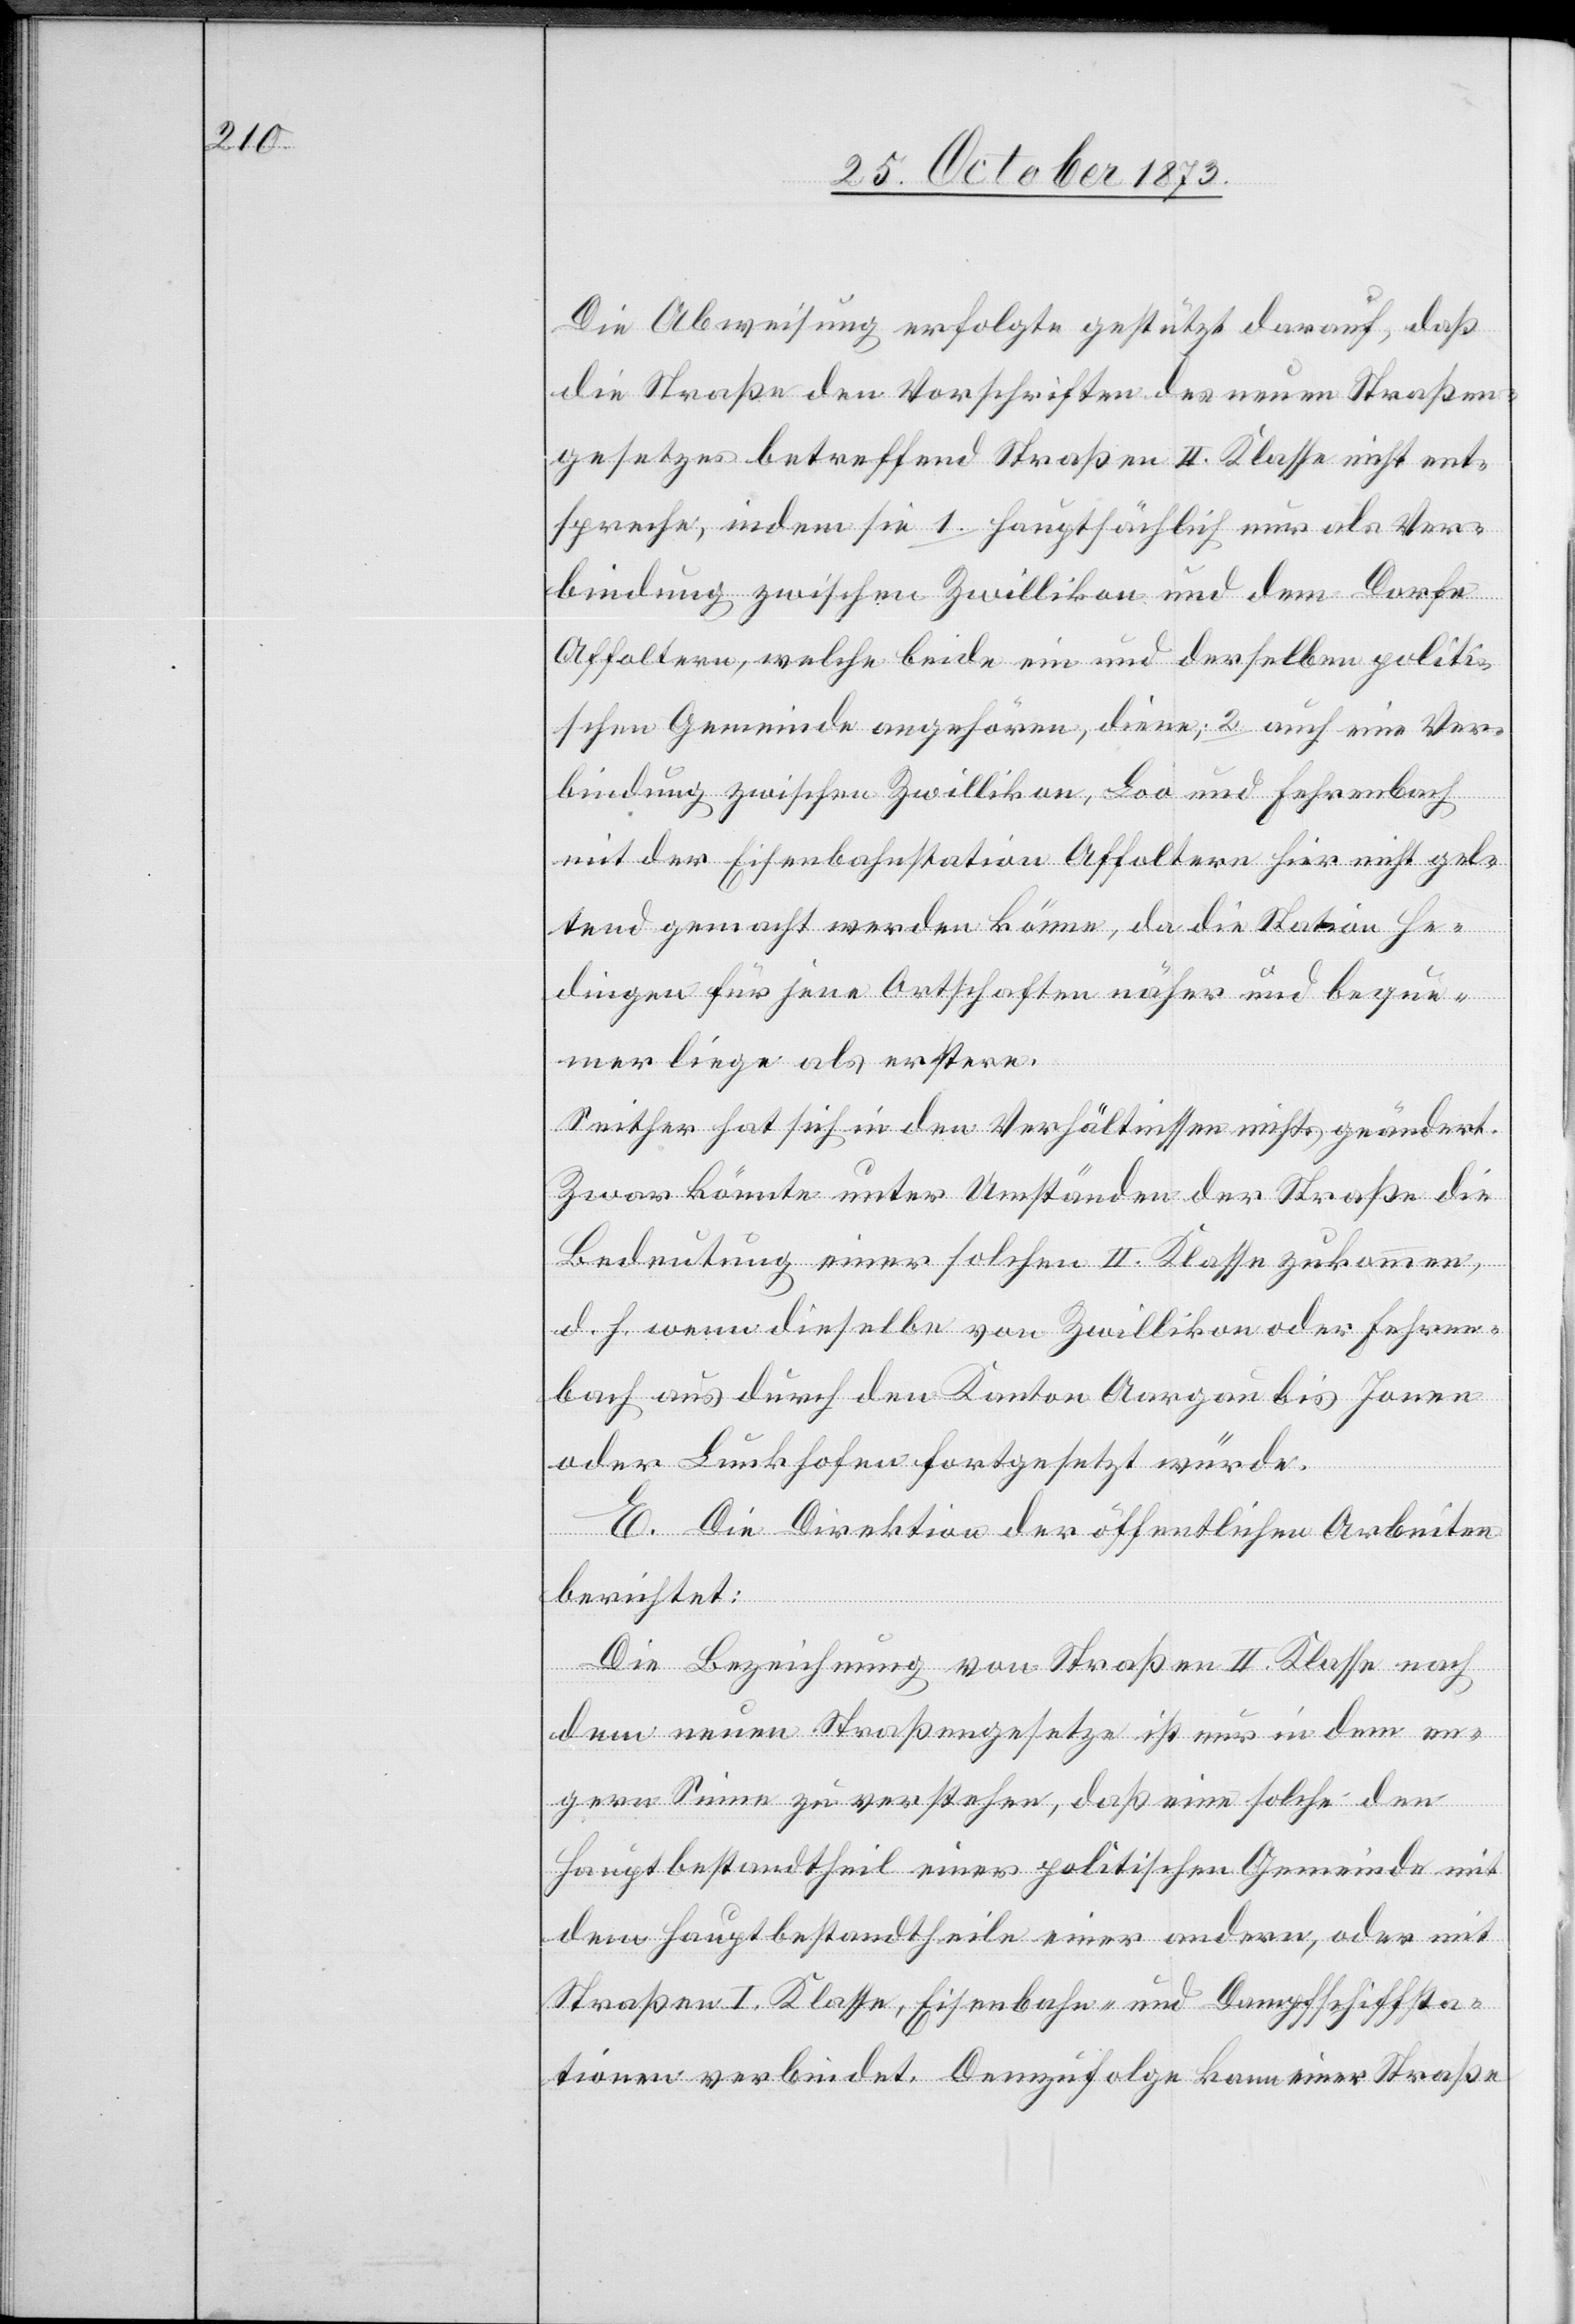
Die Abweisung erfolgte gestützt darauf, daß
die Straße den Vorschriften des neuen Straßen¬
gesetzes betreffend Straßen II. Klasse nicht ent¬
spreche, indem sie 1. hauptsächlich nur als Ver¬
bindung zwischen Zwillikon und dem Dorfe
Affoltern, welche beide ein und derselben politi¬
schen Gemeinde angehören, diene; 2. auch eine Ver¬
bindung zwischen Zwillikon, Loo und Fehrenbach
mit der Eisenbahnstation Affoltern hier nicht gel¬
tend gemacht werden könne, da die Station He¬
dingen für jene Ortschaften näher und beque¬
mer liege als erstere.
Seither hat sich in den Verhältnissen nichts geändert.
Zwar könnte unter Umständen der Straße die
Bedeutung einer solchen II. Klasse zukommen,
d. h. wenn dieselbe von Zwillikon oder Fehren¬
bach aus durch den Kanton Aargau bis Jonen
oder Lunkhofen fortgesetzt würde.
E. Die Direktion der öffentlichen Arbeiten
berichtet:
Die Bezeichnung von Straßen II. Klasse nach
dem neuen Straßengesetze ist nur in dem en¬
gern Sinne zu verstehen, daß eine solche den
Hauptbestandtheil einer politischen Gemeinde mit
dem Hauptbestandtheile einer andern, oder mit
Straßen I. Klasse, Eisenbahn- und Dampfschiffsta¬
tionen verbindet. Demzufolge kann einer Straße